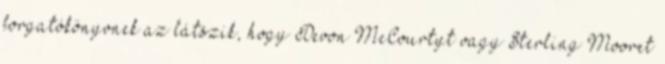
forgatókönyvnek az látszik, hogy Devon McCourtyt vagy Sterling Mooret